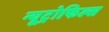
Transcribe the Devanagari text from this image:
न्यूट्रोफिल्स